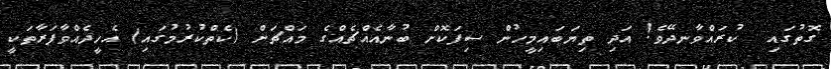
ގޮތުގައި  ކުރައްވާނދޭވެ! އަދި ތިޔަބައިމީހުން ސިފަކޮށް ބުނާއެއްޗެއްގެ މައްޗަށް (ކެތްކުރުމުގައި) އެހީދެއްވާފަރާތަކީ